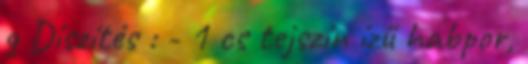
g Díszítés : - 1 cs tejszín ízű habpor,